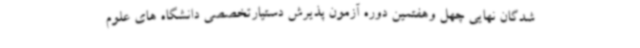
شدگان نهایی چهل وهفتمین دوره آزمون پذیرش دستیارتخصصی دانشگاه های علوم